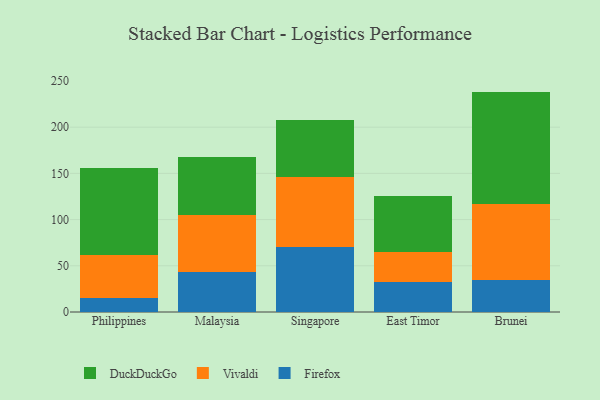
{"axis": {"x": "Country", "y": "Latency (ms)"}, "legend": ["DuckDuckGo", "Firefox", "Vivaldi"], "data": [{"x": "Philippines", "y": 15.1, "type": "Firefox"}, {"x": "Philippines", "y": 46.9, "type": "Vivaldi"}, {"x": "Philippines", "y": 94.0, "type": "DuckDuckGo"}, {"x": "Malaysia", "y": 43.6, "type": "Firefox"}, {"x": "Malaysia", "y": 61.3, "type": "Vivaldi"}, {"x": "Malaysia", "y": 63.3, "type": "DuckDuckGo"}, {"x": "Singapore", "y": 70.8, "type": "Firefox"}, {"x": "Singapore", "y": 75.8, "type": "Vivaldi"}, {"x": "Singapore", "y": 61.6, "type": "DuckDuckGo"}, {"x": "East Timor", "y": 32.9, "type": "Firefox"}, {"x": "East Timor", "y": 32.2, "type": "Vivaldi"}, {"x": "East Timor", "y": 60.7, "type": "DuckDuckGo"}, {"x": "Brunei", "y": 34.1, "type": "Firefox"}, {"x": "Brunei", "y": 83.1, "type": "Vivaldi"}, {"x": "Brunei", "y": 121.3, "type": "DuckDuckGo"}]}